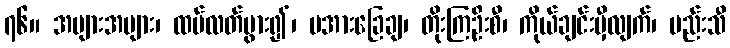
၇၆။ အများအများ၊ ထပ်လတ်ပွား၍၊ မအားခြေချ၊ တိုးကြဦးစီ၊ ကိုယ်ချင်းမှီလျက်၊ ပည်းသီ